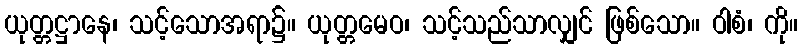
ယုတ္တဋ္ဌာနေ၊ သင့်သောအရာ၌။ ယုတ္တမေဝ၊ သင့်သည်သာလျှင် ဖြစ်သော။ ဝါစံ၊ ကို။